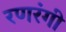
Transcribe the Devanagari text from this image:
रणरंगी